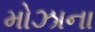
મોઝાના